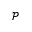
\mathcal { P }